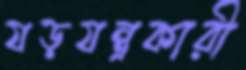
যড়যন্ত্রকারী